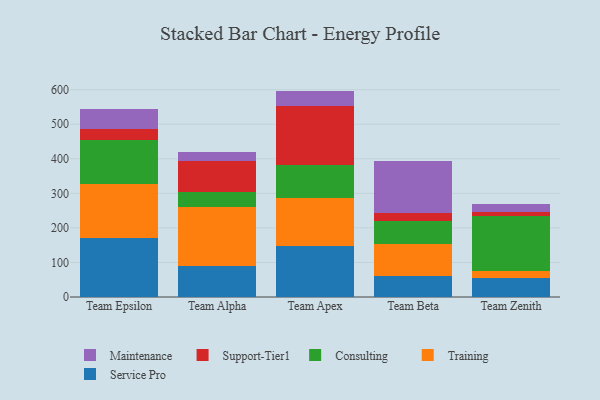
{"axis": {"x": "Team", "y": "Humidity (%)"}, "legend": ["Consulting", "Maintenance", "Service Pro", "Support-Tier1", "Training"], "data": [{"x": "Team Epsilon", "y": 171.6, "type": "Service Pro"}, {"x": "Team Epsilon", "y": 156.6, "type": "Training"}, {"x": "Team Epsilon", "y": 127.0, "type": "Consulting"}, {"x": "Team Epsilon", "y": 31.8, "type": "Support-Tier1"}, {"x": "Team Epsilon", "y": 56.5, "type": "Maintenance"}, {"x": "Team Alpha", "y": 91.1, "type": "Service Pro"}, {"x": "Team Alpha", "y": 169.1, "type": "Training"}, {"x": "Team Alpha", "y": 43.3, "type": "Consulting"}, {"x": "Team Alpha", "y": 89.7, "type": "Support-Tier1"}, {"x": "Team Alpha", "y": 27.6, "type": "Maintenance"}, {"x": "Team Apex", "y": 148.2, "type": "Service Pro"}, {"x": "Team Apex", "y": 136.9, "type": "Training"}, {"x": "Team Apex", "y": 96.3, "type": "Consulting"}, {"x": "Team Apex", "y": 170.3, "type": "Support-Tier1"}, {"x": "Team Apex", "y": 44.9, "type": "Maintenance"}, {"x": "Team Beta", "y": 59.8, "type": "Service Pro"}, {"x": "Team Beta", "y": 94.0, "type": "Training"}, {"x": "Team Beta", "y": 66.2, "type": "Consulting"}, {"x": "Team Beta", "y": 23.6, "type": "Support-Tier1"}, {"x": "Team Beta", "y": 150.9, "type": "Maintenance"}, {"x": "Team Zenith", "y": 56.2, "type": "Service Pro"}, {"x": "Team Zenith", "y": 20.2, "type": "Training"}, {"x": "Team Zenith", "y": 158.2, "type": "Consulting"}, {"x": "Team Zenith", "y": 10.8, "type": "Support-Tier1"}, {"x": "Team Zenith", "y": 24.8, "type": "Maintenance"}]}